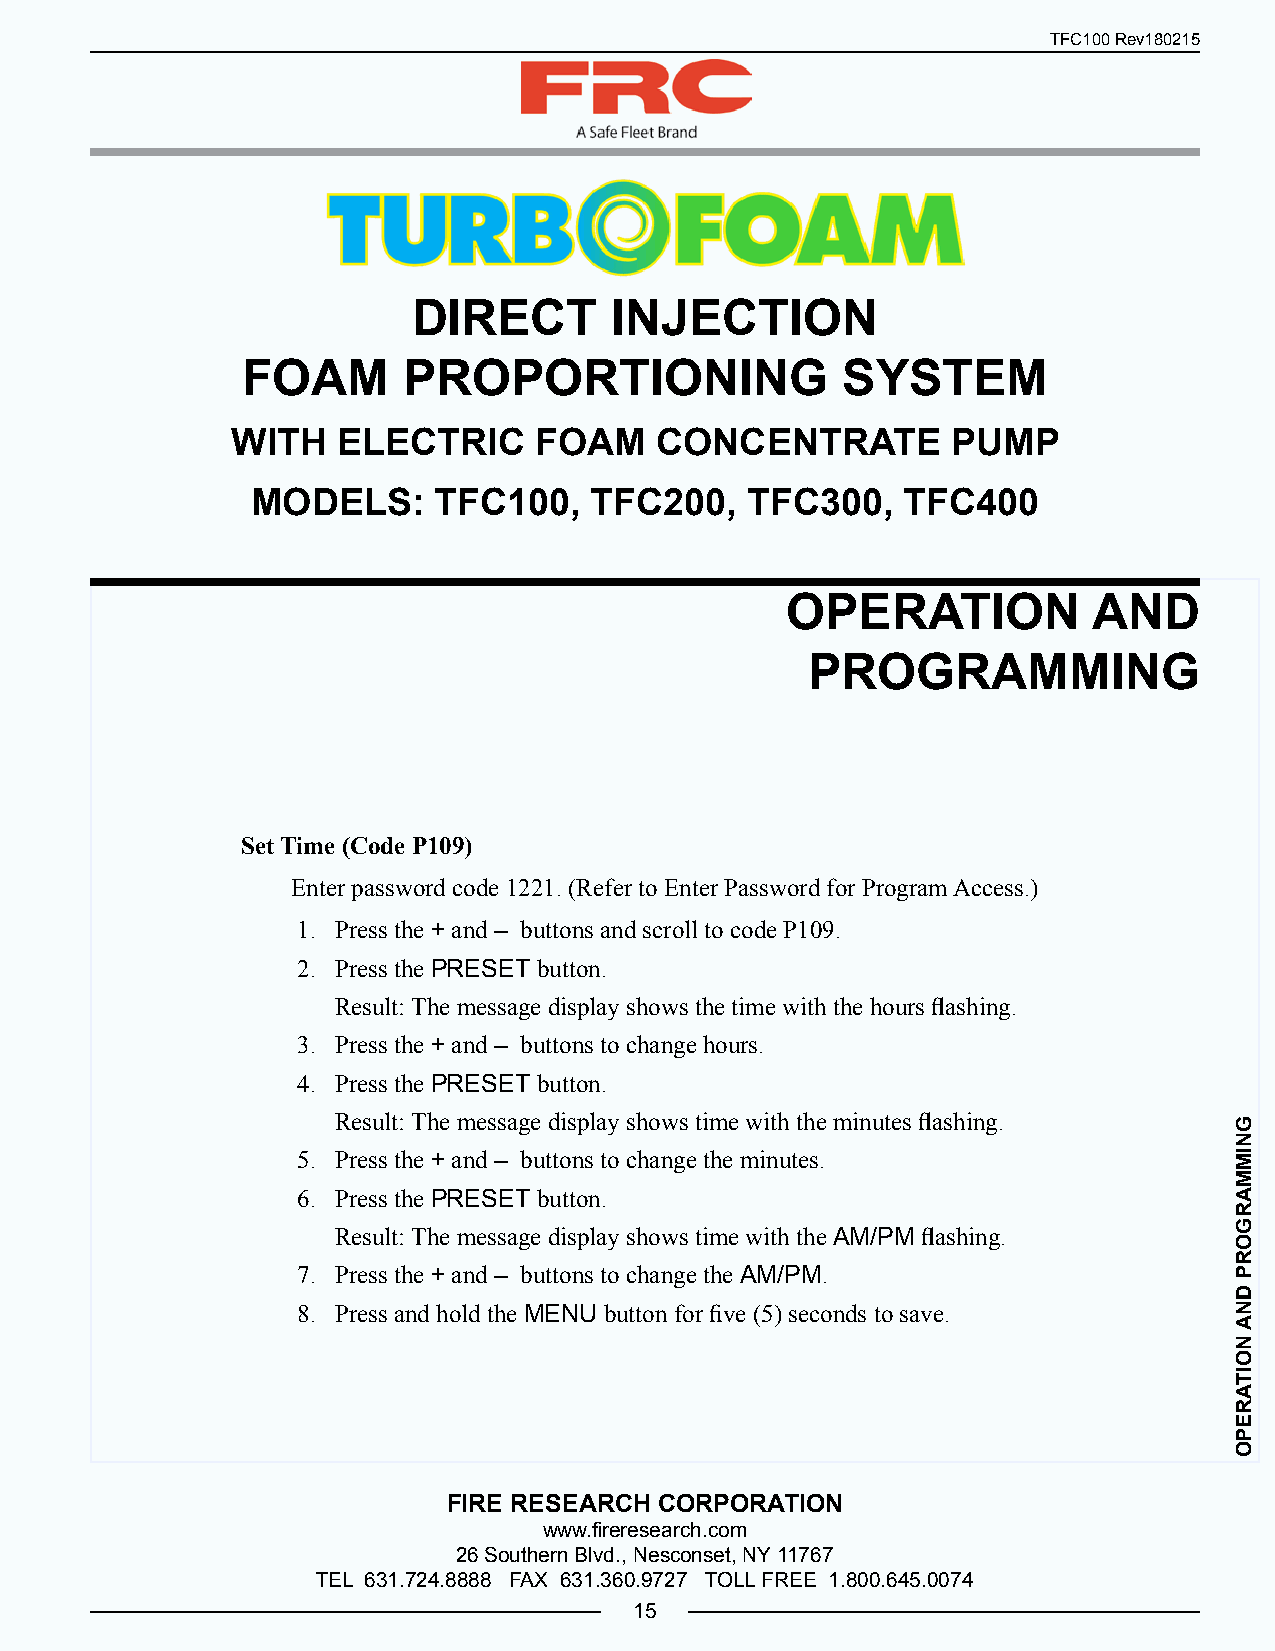
TFC100 Rev180215
 DIRECT       INJECTION
 FOAM       PROPORTIONING                SYSTEM
 WITH   ELECTRIC     FOAM    CONCENTRATE         PUMP
 MODELS:     TFC100,   TFC200,   TFC300,    TFC400
 OPERATION           AND
 PROGRAMMING
 Set Time (Code P109)
 Enter password code 1221. (Refer to Enter Password for Program Access.)
 1. Press the + and – buttons and scroll to code P109.
 2. Press the PRESET button.
 Result: The message display shows the time with the hours flashing.
 3. Press the + and – buttons to change hours.
 4. Press the PRESET button.
 Result: The message display shows time with the minutes flashing.
 5. Press the + and – buttons to change the minutes.
 6. Press the PRESET button.
 Result: The message display shows time with the AM/PM flashing.
 7. Press the + and – buttons to change the AM/PM.
 8. Press and hold the MENU button for five (5) seconds to save.
 FIRE RESEARCH CORPORATION
 www.fireresearch.com
 26 Southern Blvd., Nesconset, NY 11767
 TEL 631.724.8888 FAX 631.360.9727 TOLL FREE 1.800.645.0074
 15
 GNIMMARGORP
 DNA
 NOITAREPO